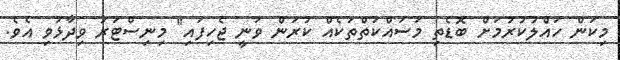
މިކަން ހައްލުކުރުމަށް ބޮޑެތި މަސައްކަތްތަކެއް ކުރަން ވަނީ ޖެހިފައި" މިނިސްޓަރު ވިދާޅުވި އެވެ.